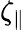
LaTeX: \zeta_{\parallel}